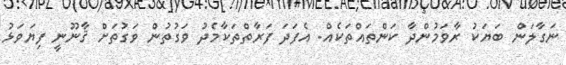
ނަގާލަން ބަޔަކު ރާވަމުންދާ ކަންތައްތަކެއް. އެފަދަ ފަރާތްތަކާމެދު ވަގުތުން ވަގުތަށް ޤާނޫނީ ފިޔަވަޅު